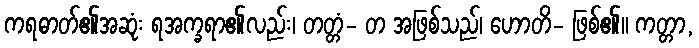
ကရဓာတ်၏အဆုံး ရအက္ခရာ၏လည်း၊ တတ္တံ- တ အဖြစ်သည်၊ ဟောတိ- ဖြစ်၏။ ကတ္တာ,